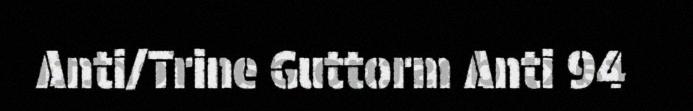
Anti/Trine Guttorm Anti 94